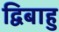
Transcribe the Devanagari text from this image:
द्विबाहु